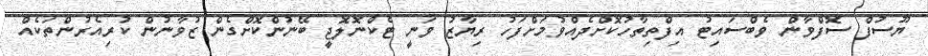
ޔޫސުފް ސޮފްވާން ވެބްސައިޓު އިފްތިތާހުކޮށްދެއްވުމަށްފަހު ރިޔާޒު ވަނީ ޓެކްނޮލޮޖީ ބޭނުންކޮށްގެން ޒުވާނުން ކުރިއެރުންތަކެއް